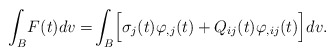
\begin{align*}\begin{aligned}\int_{B} & F(t)dv=\!\int_{B}\Bigl[\sigma_{j}(t)\varphi_{,j}(t)+Q_{ij}(t)\varphi_{,ij}(t)\Bigr]dv.\end{aligned}\end{align*}